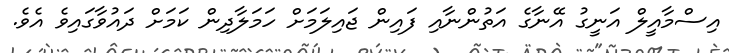
އިސްމާއީލް އަނީގު އޭނާގެ އަތުންނާއި ފައިން ޖައިލަމަށް ހަމަލާދިން ކަމަށް ދައުވާގައިވެ އެވެ.